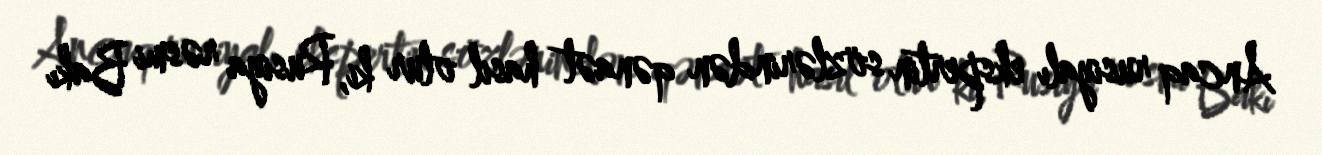
Ancaq rusiyalı ekspertin sözlərindən qənaət hasil olur ki, Rusiya rəsmi Bakı